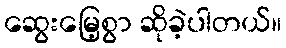
ဆွေးမြေ့စွာ ဆိုခဲ့ပါတယ်။